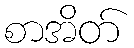
စာအိတ်